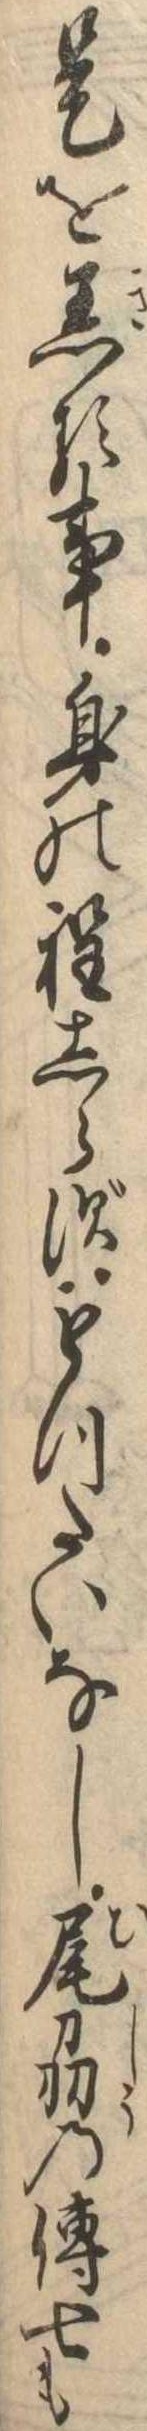
是を着る事身の程しらずもつたいなし尾刕の伝七も